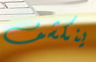
ينكشف